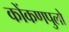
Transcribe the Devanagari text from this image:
कोंकणपुलो